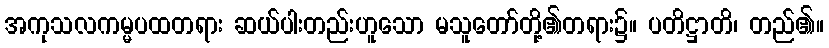
အကုသလကမ္မပထတရား ဆယ်ပါးတည်းဟူသော မသူတော်တို့၏တရား၌။ ပတိဋ္ဌာတိ၊ တည်၏။